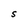
Character: S